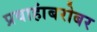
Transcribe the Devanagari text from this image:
प्रवाहांबरोबर